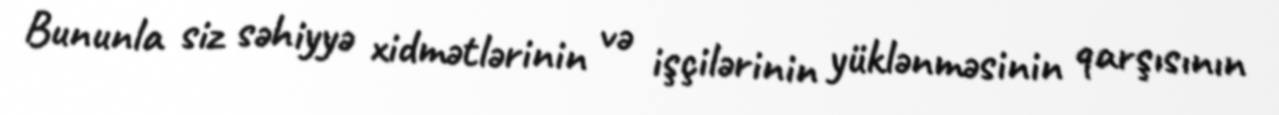
Bununla siz səhiyyə xidmətlərinin və işçilərinin yüklənməsinin qarşısının